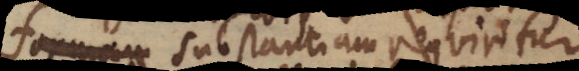
formam substantiam requiritur